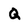
Character: Q